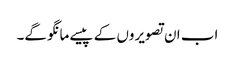
اب ان تصویروں کے پیسے مانگو گے۔